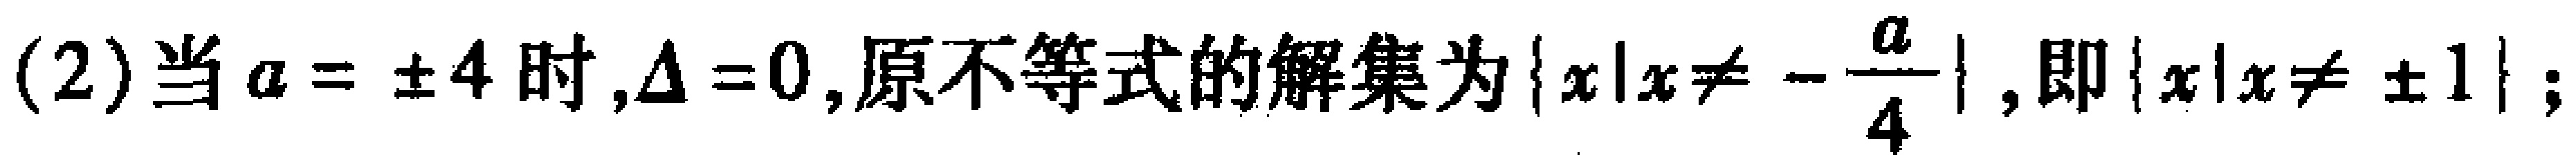
(2)当\(a = \pm 4\)时,\(\Delta = 0\),原不等式的解集为\(\{x|x\neq -\frac{a}{4}\}\),即\(\{x|x\neq \pm 1\}\);